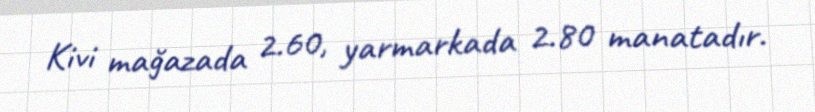
Kivi mağazada 2.60, yarmarkada 2.80 manatadır.